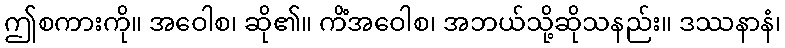
ဤစကားကို။ အဝေါစ၊ ဆို၏။ ကိံအဝေါစ၊ အဘယ်သို့ဆိုသနည်း။ ဒဿနာနံ၊